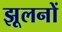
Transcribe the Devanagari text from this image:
झूलनों